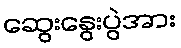
ဆွေးနွေးပွဲအား